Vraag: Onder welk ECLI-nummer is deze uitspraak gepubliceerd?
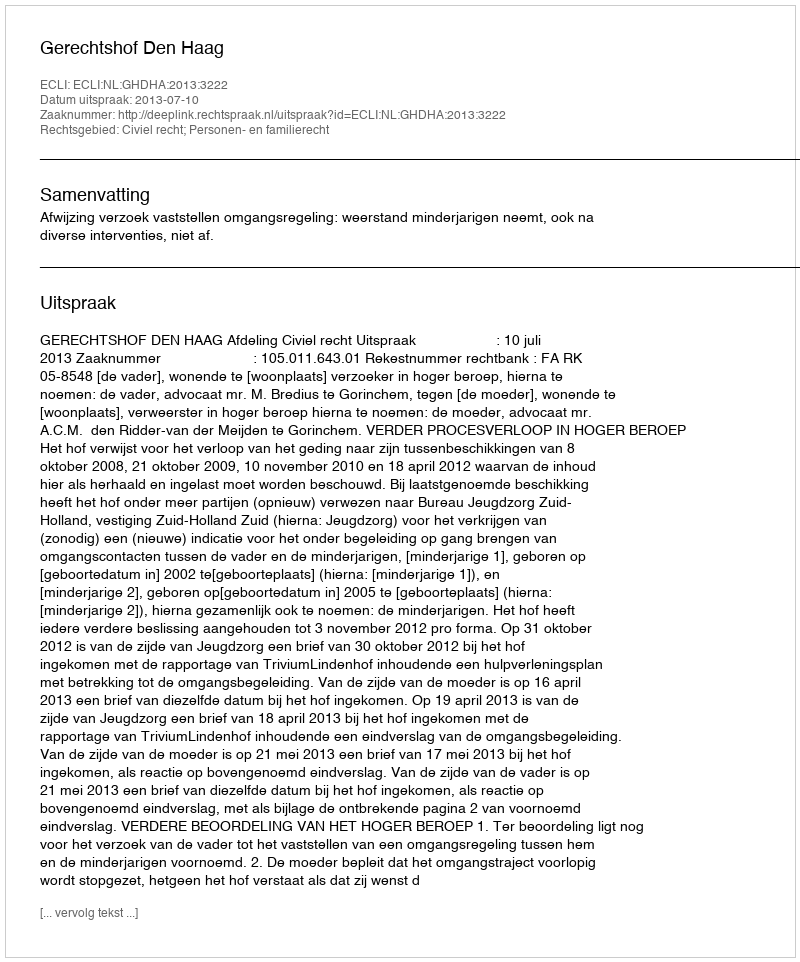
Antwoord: ECLI:NL:GHDHA:2013:3222